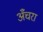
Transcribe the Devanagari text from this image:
अँचरा